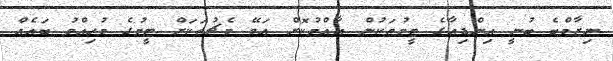
ނިޒާމްބެ ބުނީ އިންޑިއާގެ ޓީމުތަކުން އާއްމުކޮށް އަވޭ މެޗުތަކަށް ޓީމުގެ މުހިއްމު ބައެއް